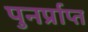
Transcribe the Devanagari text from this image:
पुनर्प्राप्‍त